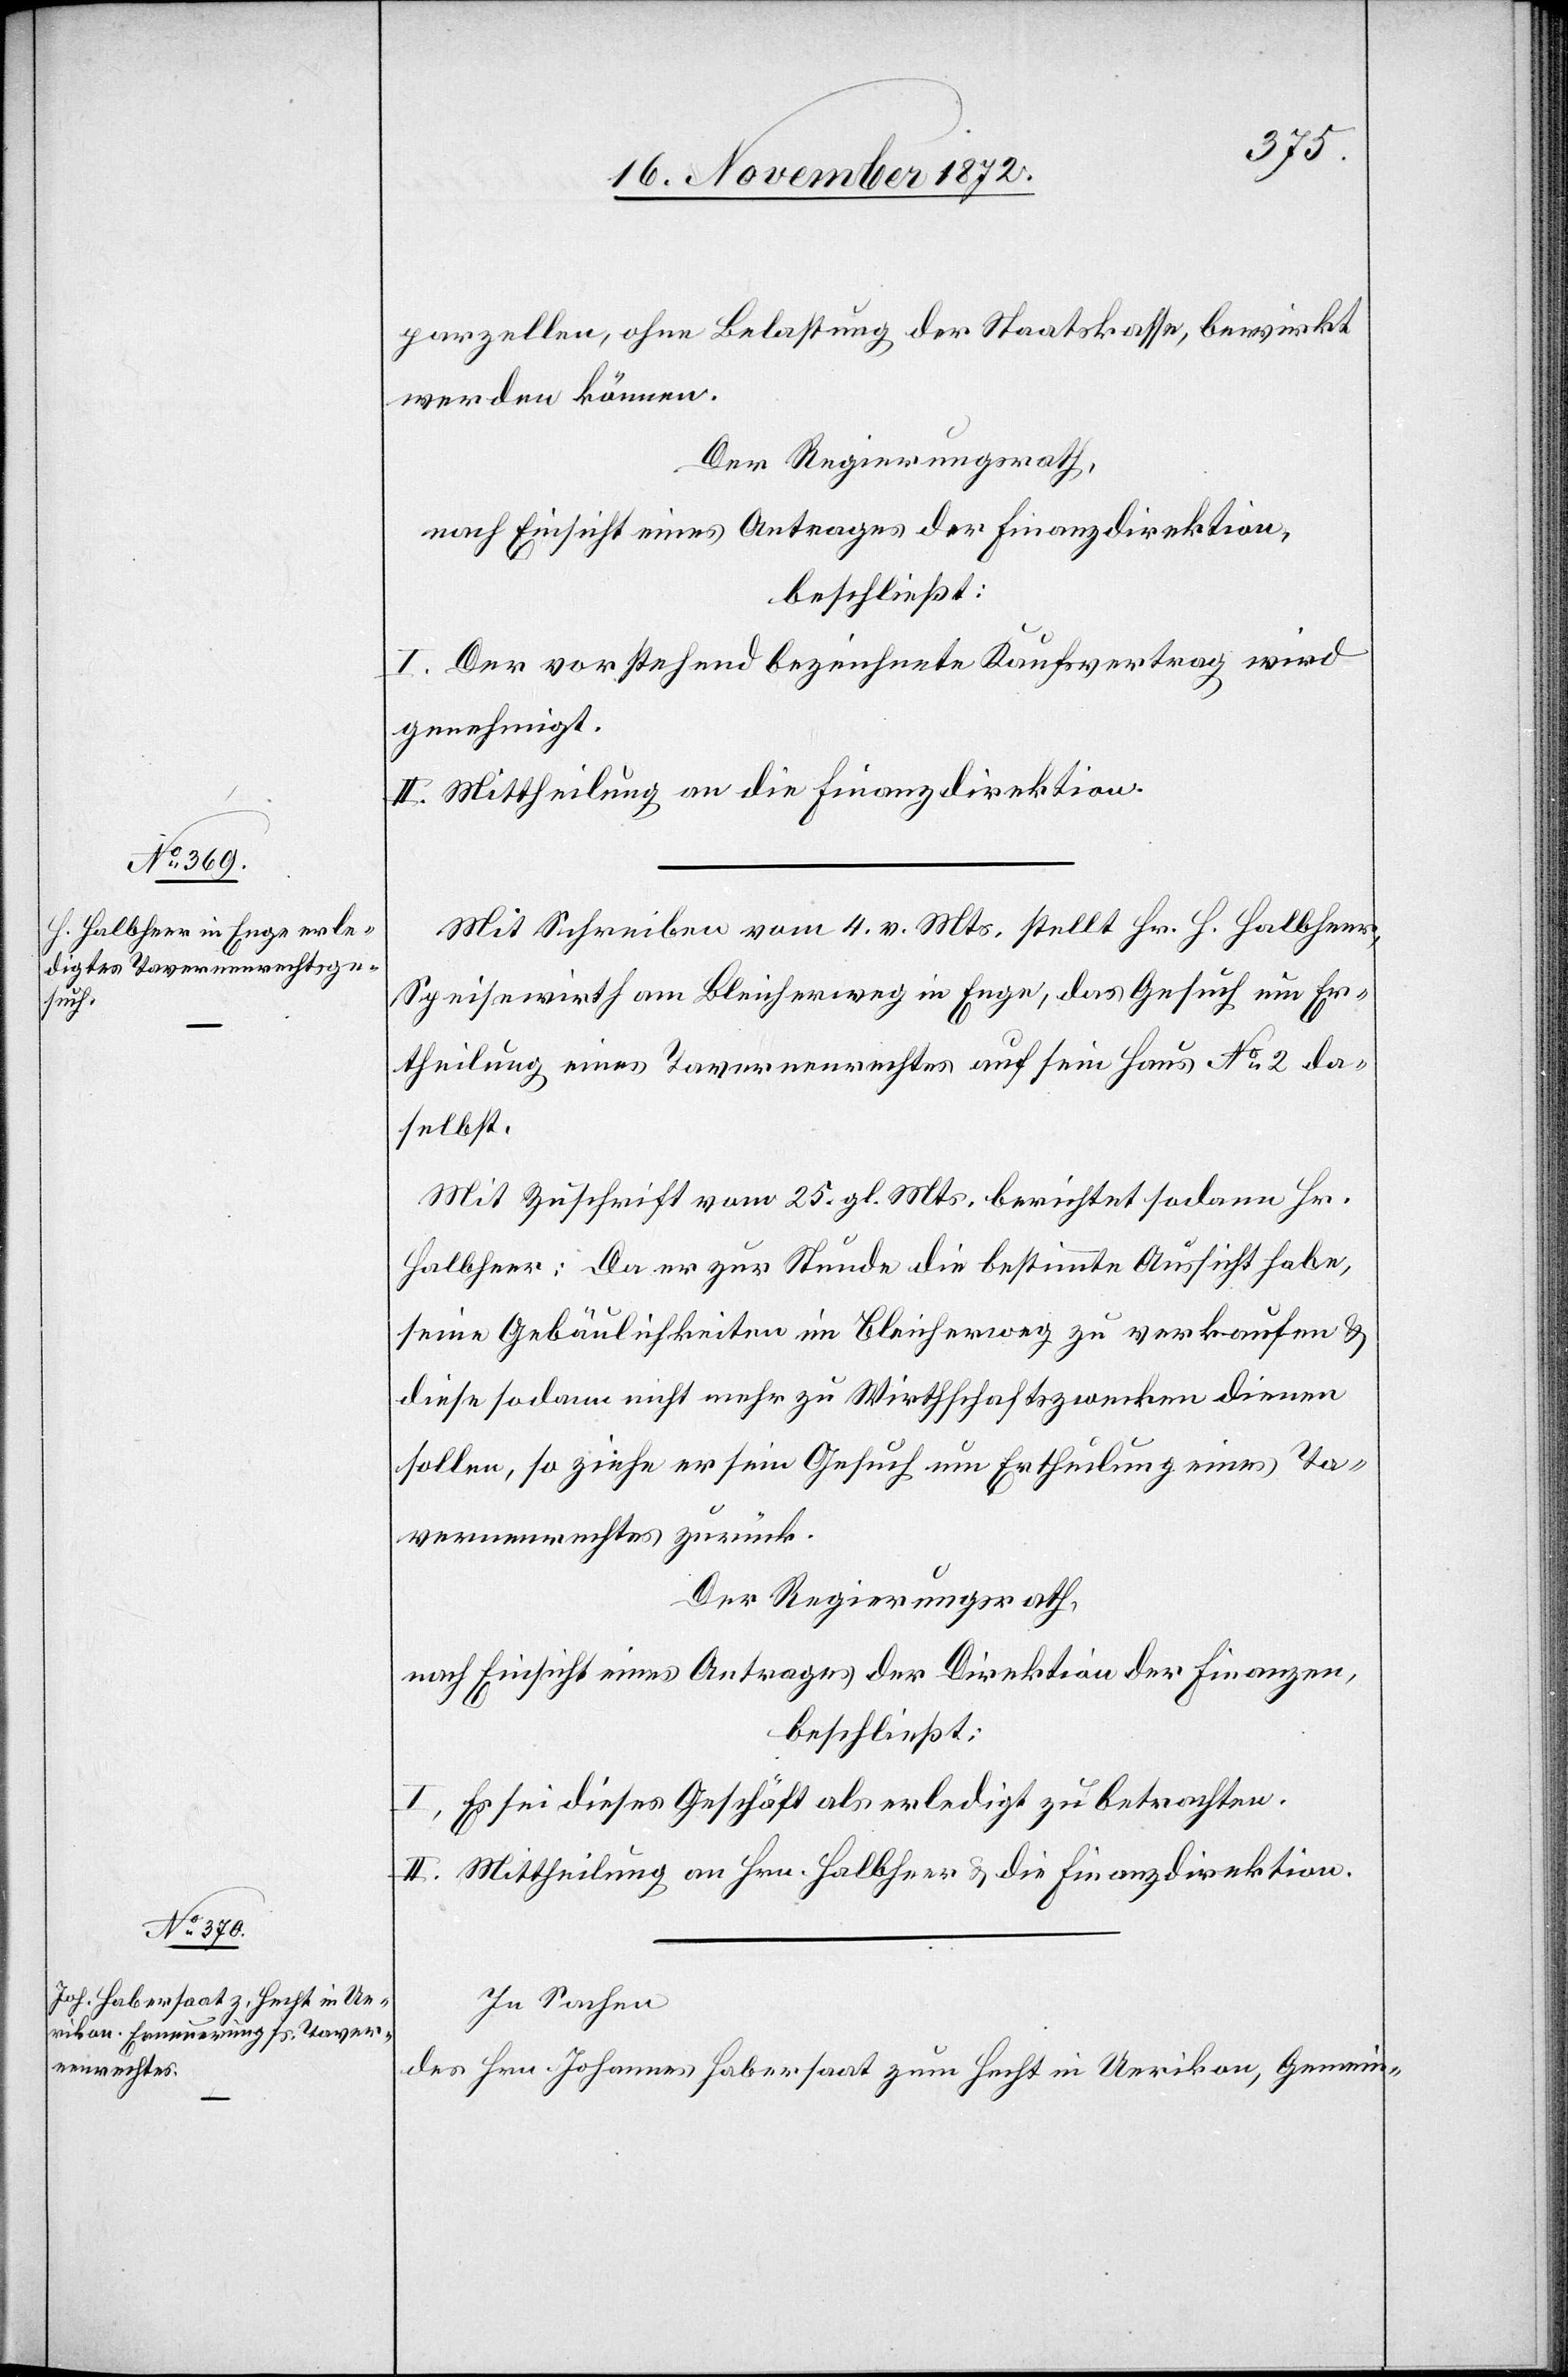
parzellen, ohne Belastung der Staatskasse, bewirkt
werden können.
Der Regierungsrath,
nach Einsicht eines Antrages der Finanzdirektion,
beschließt:
I. Der vorstehend bezeichnete Kaufsvertrag wird
genehmigt.
II. Mittheilung an die Finanzdirektion.
Mit Schreiben vom 4. d. Mts. stellt Hr. H. Halbheer,
Speisewirth am Bleicherweg in Enge, das Gesuch um Er¬
theilung eines Tavernenrechtes auf sein Haus No 2 da¬
selbst.
Mit Zuschrift vom 25. gl. Mts. berichtet sodann Hr.
Halbheer: Da er zur Stunde die bestimmte Aussicht habe,
seine Gebäulichkeiten im Bleicherweg zu verkaufen u.
diese sodann nicht mehr zu Wirthschaftszwecken dienen
sollen, so ziehe er sein Gesuch um Ertheilung eines Ta¬
vernenrechtes zurück.
Der Regierungsrath,
nach Einsicht eines Antrages der Direktion der Finanzen,
beschließt:
I. Es sei dieses Geschäft als erledigt zu betrachten.
II. Mittheilung an Hrn. Halbheer u. die Finanzdirektion.
In Sachen
des Hrn. Johannes Habersaat zum Hecht in Uerikon, Gemein-